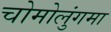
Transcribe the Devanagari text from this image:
चोमोलुंगमा